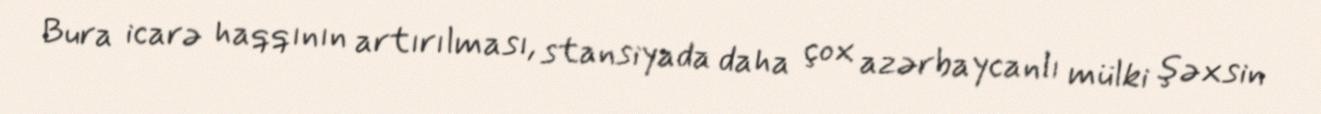
Bura icarə haqqının artırılması, stansiyada daha çox azərbaycanlı mülki şəxsin